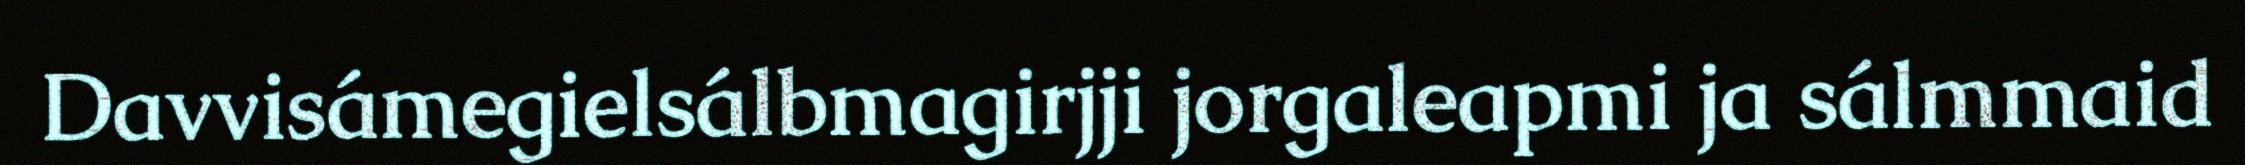
Davvisámegielsálbmagirjji jorgaleapmi ja sálmmaid